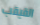
القيقب